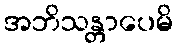
အဘိသန္တာပေမိ